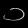
Digit: ၁